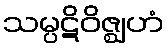
သမ္ပဋိဝိဇ္ဈဟံ